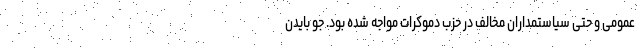
عمومی و حتی سیاستمداران مخالف در حزب دموکرات مواجه شده بود. جو بایدن